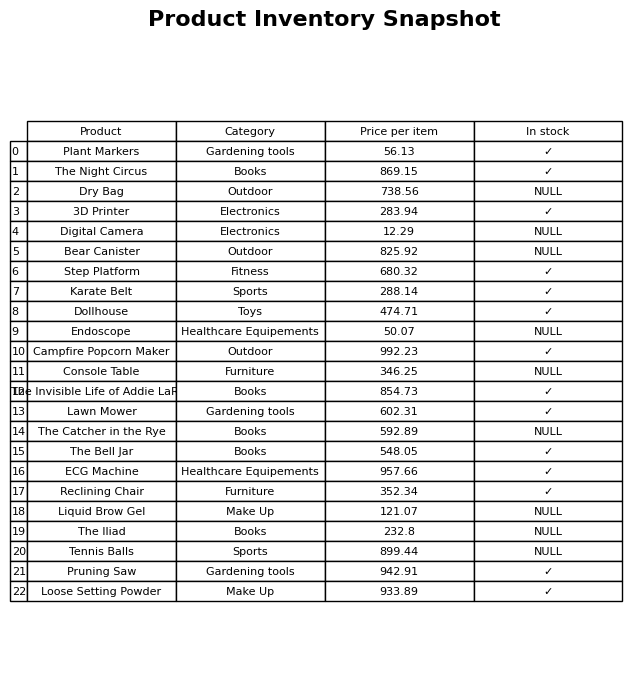
question: What is the price for Tennis Balls?
answer: The price of Tennis Balls is 899.44.